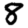
Digit: 8